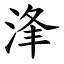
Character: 浲